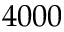
4 0 0 0